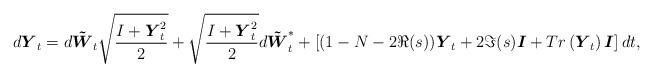
LaTeX: \begin{align*}d\boldsymbol{Y}_t=d\boldsymbol{\tilde{W}}_t\sqrt{\frac{I+\boldsymbol{Y}_t^2}{2}}+\sqrt{\frac{I+\boldsymbol{Y}_t^2}{2}}d\boldsymbol{\tilde{W}}_t^*+\left[(1-N-2\Re(s))\boldsymbol{Y}_t+2\Im(s)\boldsymbol{I}+ Tr\left(\boldsymbol{Y}_t\right)\boldsymbol{I}\right]dt,\end{align*}